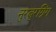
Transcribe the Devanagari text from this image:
नुरबुरग्रिंग